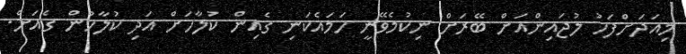
މިއަދަށްފަހު ލުޖައިންއަށް ބޭރަށް ނިކުމެވޭނީ ހަމައެކަނި ގެއިން ކުލާހަށް އަދި ކުލާހުން ގެއަށް.